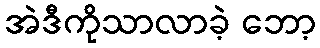
အဲဒီကိုသာလာခဲ့ ဘော့